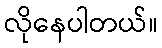
လိုနေပါတယ်။